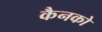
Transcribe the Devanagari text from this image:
कैनको